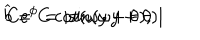
LaTeX: \widehat { b } = C \cot ( \omega y + \theta ) , \hspace { . 5 c m } C e ^ { \phi } = \left| \sin ( \omega y + \theta ) \right|